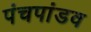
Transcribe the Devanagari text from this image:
पंचपांडव